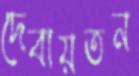
দেবায়তন